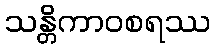
သန္တိကာဝစရဿ